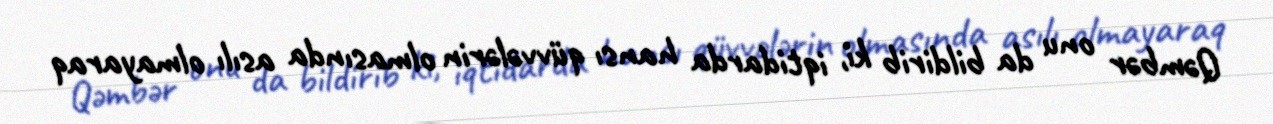
Qəmbər onu da bildirib ki, iqtidarda hansı qüvvələrin olmasında asılı olmayaraq